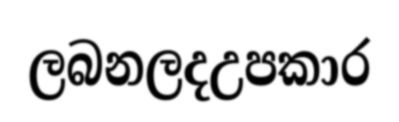
ලබනලදඋපකාර